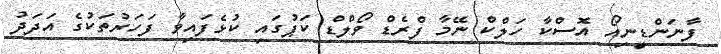
ފާނަންޑީނިއޯ އޮސްކާ ހަލްކް ނޭމާ ފްރެޑް ވޯލްޑް ކަޕުގައި ކުޅެފައިވާ ފަހަރުތަކުގެ އަދަދު